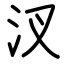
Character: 汊